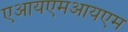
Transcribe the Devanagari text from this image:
एआयएमआयएम